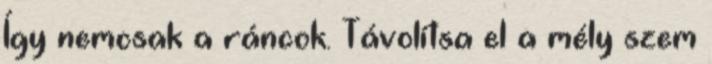
Így nemcsak a ráncok. Távolítsa el a mély szem